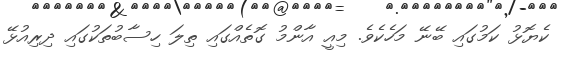
ކެޔޮޅު ކަމުގައި ބޭނޭ މަހެކެވެ. މިއީ އާންމު ގޮތެއްގައި ތިލަ ހިސާބުތަކުގައި ދިރިއުޅޭ